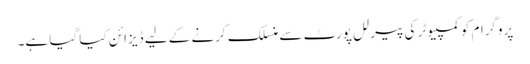
پروگرام کو کمپیوٹر کی پیرلل پورٹ سے منسلک کرنے کے لیے ڈیزائن کیا گیا ہے۔